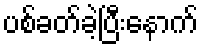
ပစ်ခတ်ခဲ့ပြီးနောက်